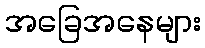
အခြေအနေများ